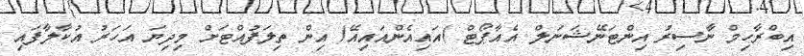
އިބްރާހިމް ނާސިރު އިންޓަނޭޝަނަލް އެއާޕޯޓް )އައިއެންއައިއޭ( އިން ތިލަފުއްޓަށް މިދިޔަ އަހަރު އުކާލާފައި